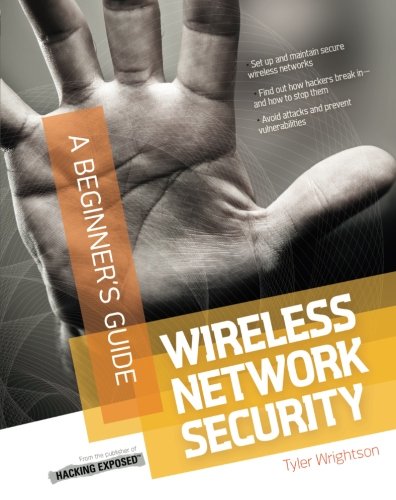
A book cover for Wireless Network Security A Beginner's Guide; Tyler Wrightson; Computers & Technology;